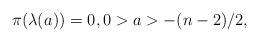
LaTeX: \begin{align*}\pi( \lambda(a_{}))=0, 0 > a > -(n-2)/2,\end{align*}